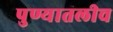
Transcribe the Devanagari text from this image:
पुण्यातलीच